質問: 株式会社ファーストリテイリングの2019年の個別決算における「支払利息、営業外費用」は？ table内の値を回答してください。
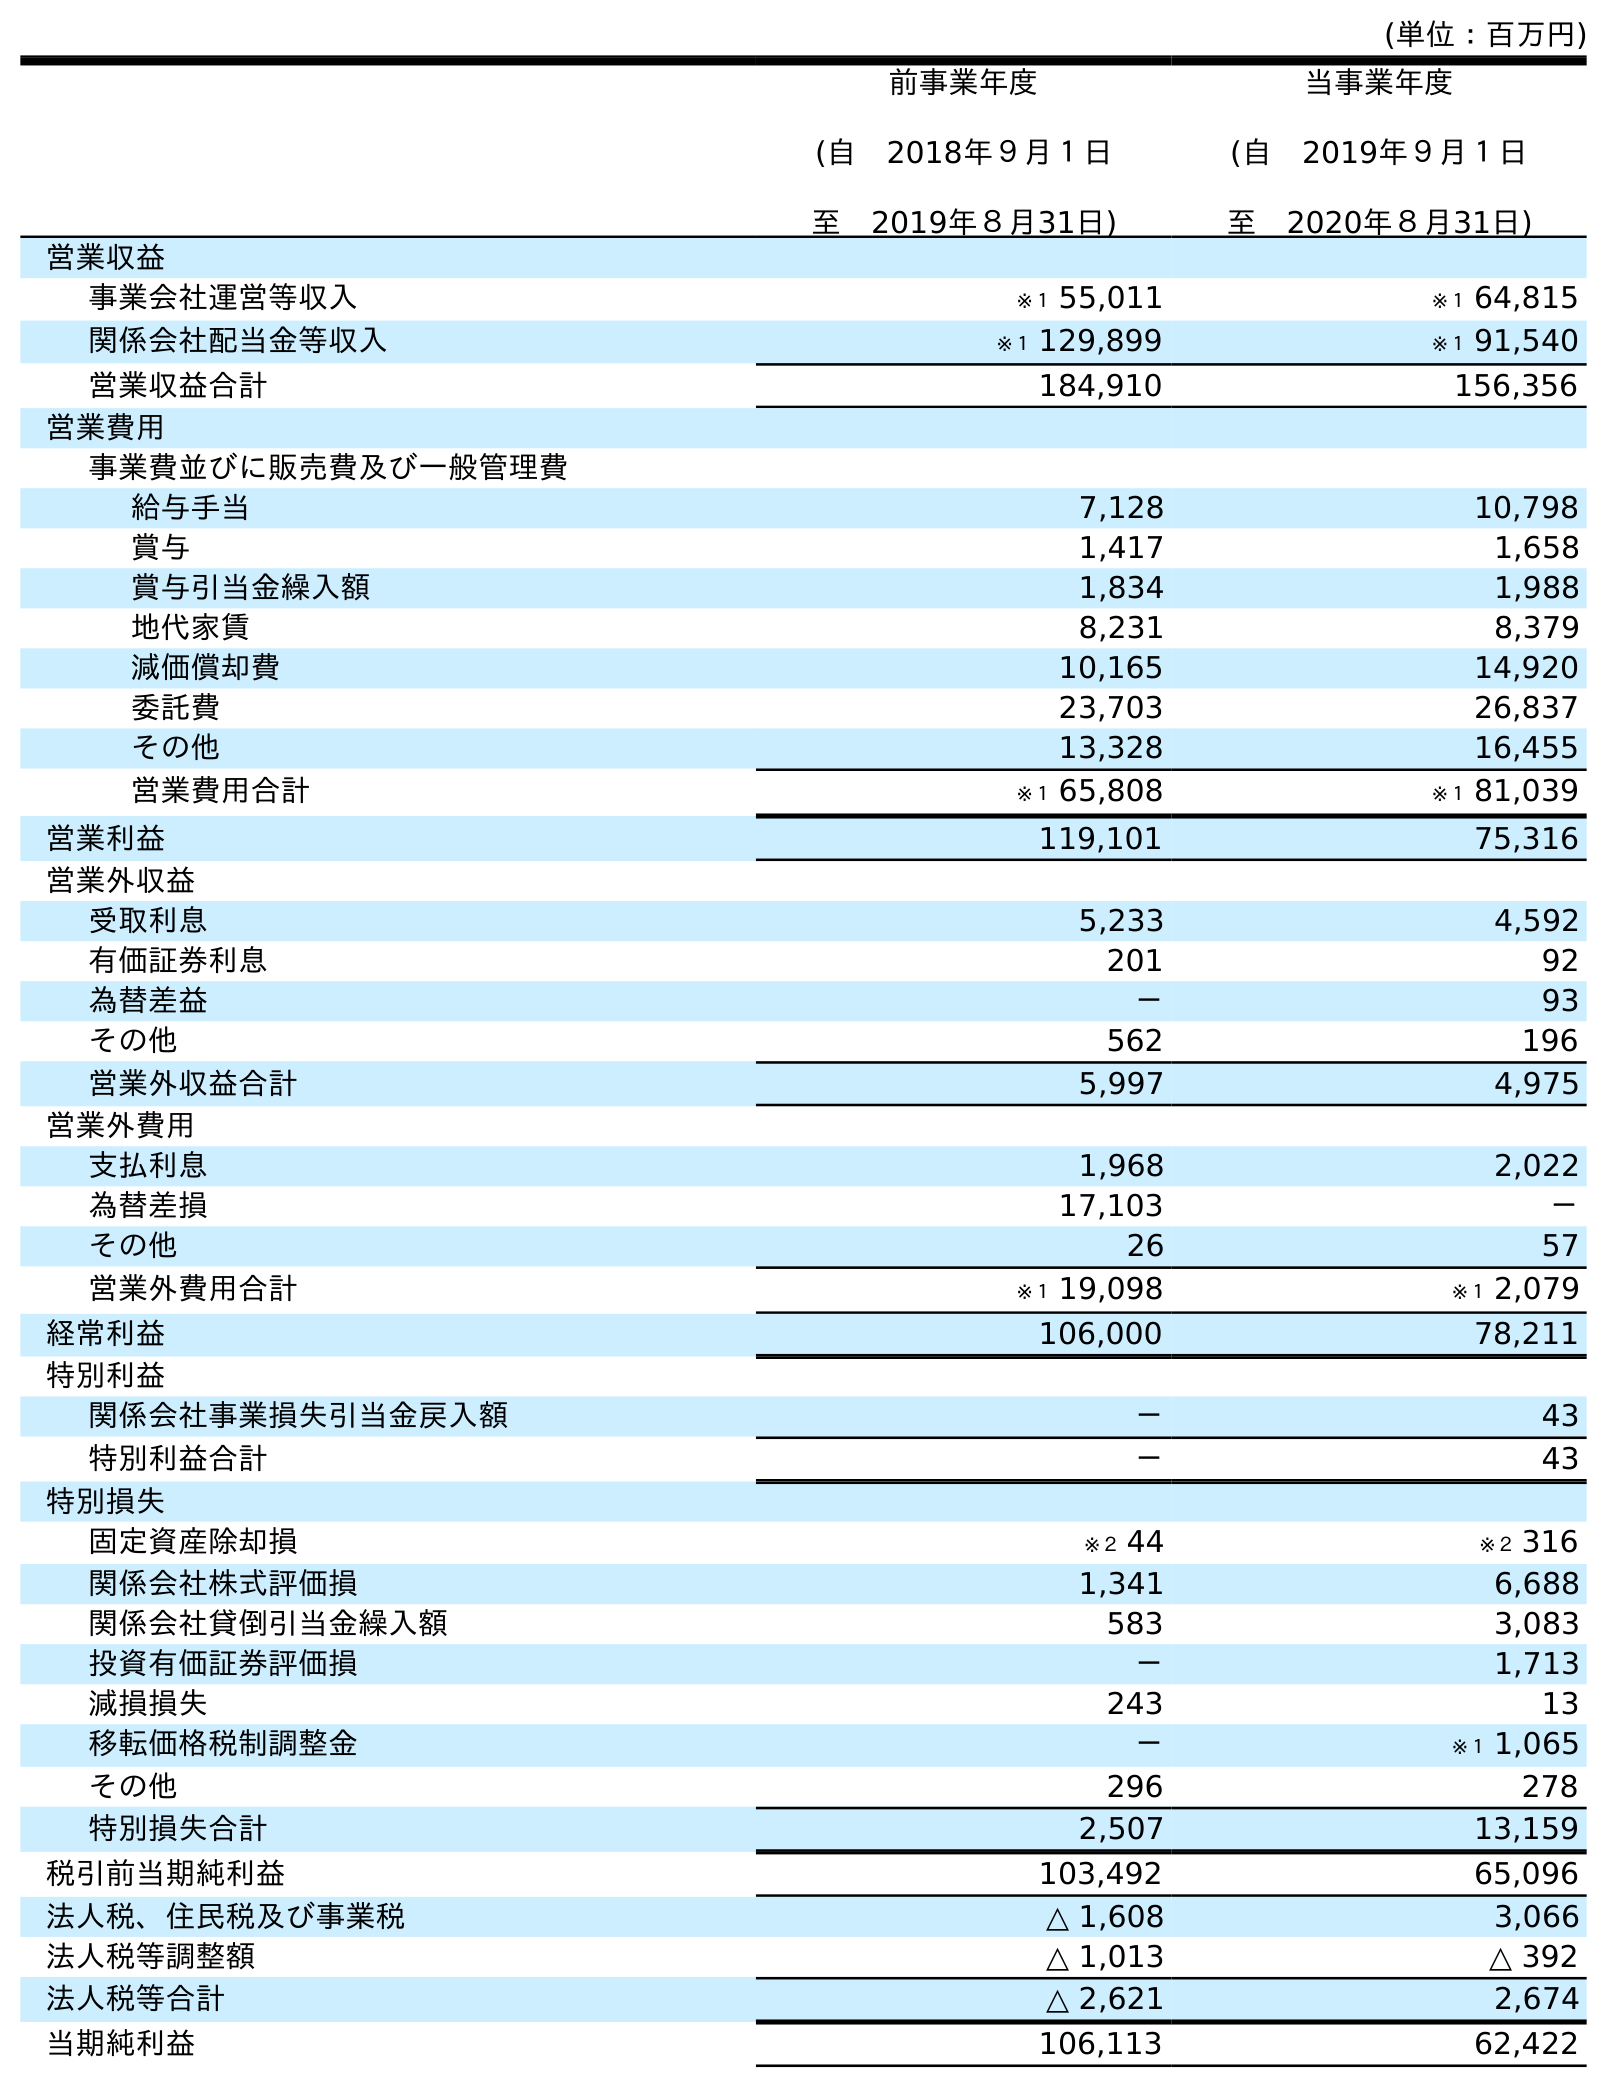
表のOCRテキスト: (単位：百万円) 前事業年度 (自 2018年９月１日 至 2019年８月31日) 当事業年度 (自 2019年９月１日 至 2020年８月31日) 営業収益 事業会社運営等収入 ※１ 55,011 ※１ 64,815 関係会社配当金等収入 ※１ 129,899 ※１ 91,540 営業収益合計 184,910 156,356 営業費用 事業費並びに販売費及び一般管理費 給与手当 7,128 10,798 賞与 1,417 1,658 賞与引当金繰入額 1,834 1,988 地代家賃 8,231 8,379 減価償却費 10,165 14,920 委託費 23,703 26,837 その他 13,328 16,455 営業費用合計 ※１ 65,808 ※１ 81,039 営業利益 119,101 75,316 営業外収益 受取利息 5,233 4,592 有価証券利息 201 92 為替差益 － 93 その他 562 196 営業外収益合計 5,997 4,975 営業外費用 支払利息 1,968 2,022 為替差損 17,103 － その他 26 57 営業外費用合計 ※１ 19,098 ※１ 2,079 経常利益 106,000 78,211 特別利益 関係会社事業損失引当金戻入額 － 43 特別利益合計 － 43 特別損失 固定資産除却損 ※２ 44 ※２ 316 関係会社株式評価損 1,341 6,688 関係会社貸倒引当金繰入額 583 3,083 投資有価証券評価損 － 1,713 減損損失 243 13 移転価格税制調整金 － ※１ 1,065 その他 296 278 特別損失合計 2,507 13,159 税引前当期純利益 103,492 65,096 法人税、住民税及び事業税 △ 1,608 3,066 法人税等調整額 △ 1,013 △ 392 法人税等合計 △ 2,621 2,674 当期純利益 106,113 62,422
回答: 1,968